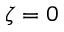
\zeta = 0